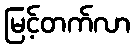
မြင့်တက်လာ